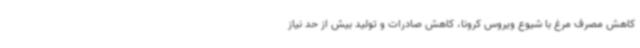
کاهش مصرف مرغ با شیوع ویروس کرونا، کاهش صادرات و تولید بیش از حد نیاز